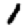
Digit: 1